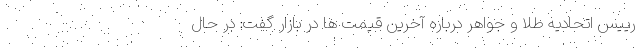
رییس اتحادیه طلا و جواهر درباره آخرین قیمت ها در بازار گفت: در حال